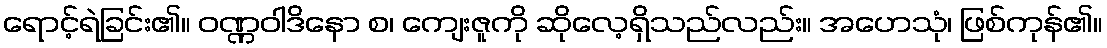
ရောင့်ရဲခြင်း၏။ ဝဏ္ဏဝါဒိနော စ၊ ကျေးဇူကို ဆိုလေ့ရှိသည်လည်း။ အဟေသုံ၊ ဖြစ်ကုန်၏။